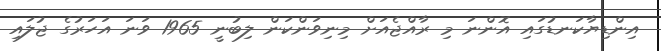
އިންޑިޔާކަނޑުގައި އޮންނަ މި ރާއްޖެއަށް މިނިވަންކަން ލިބުނީ 1965 ވަނަ އަހަރުގެ ޖުލައި